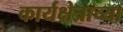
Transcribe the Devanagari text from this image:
कार्यक्षेत्राच्या